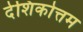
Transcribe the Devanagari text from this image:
देशिकोत्तम